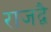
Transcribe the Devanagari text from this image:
राजद्वै